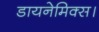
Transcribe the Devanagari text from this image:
डायनेमिक्स।